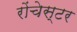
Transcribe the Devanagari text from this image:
रोंचेस्टर